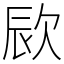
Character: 㰮